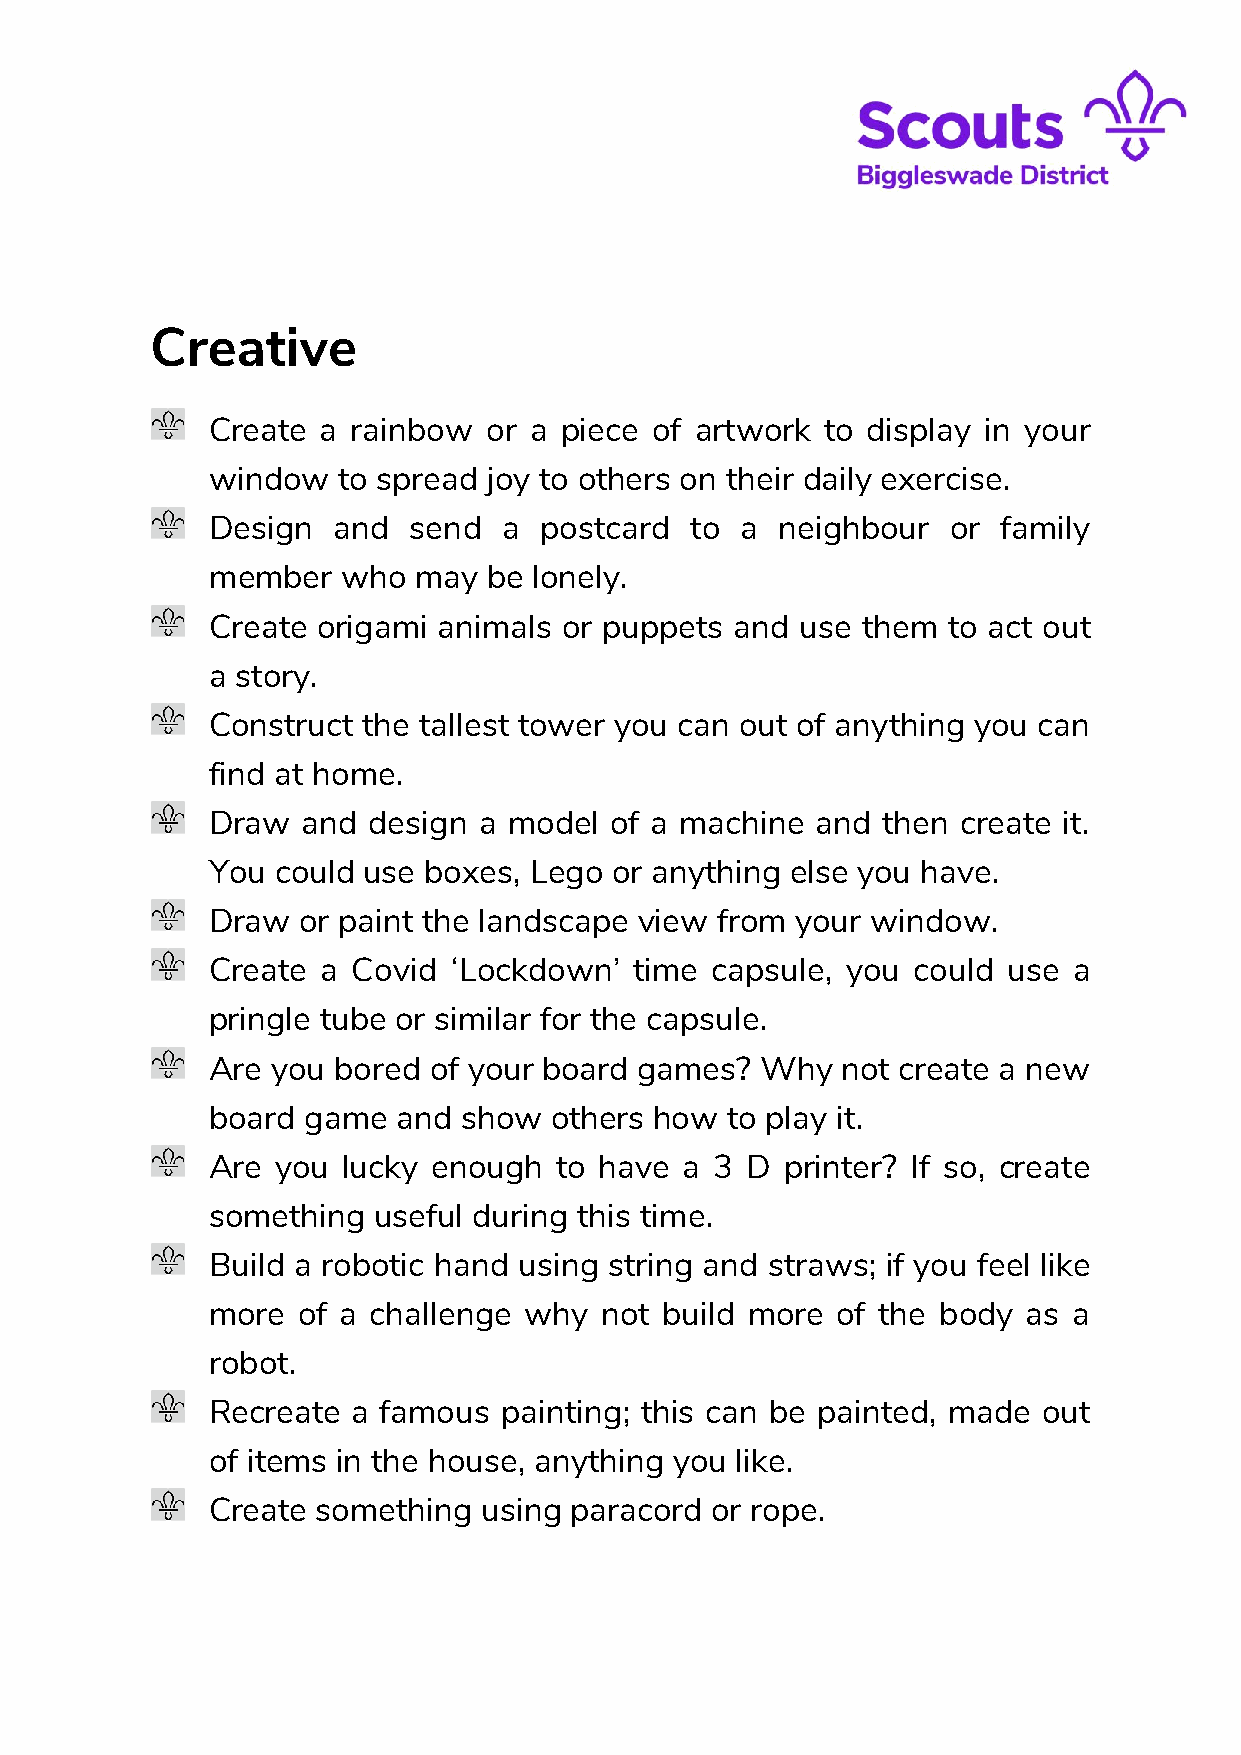
Creative
 Create a rainbow  or a piece of artwork to display in your
 window  to spread joy to others on their daily exercise.
 Design  and  send  a  postca rd to a  neighbour  or family
 member   who may  be lonely.
 Create o rigami animals or puppets and use them  to act out
 a story.
 Construct the tallest tower you can out of anything you can
 find at home.
 Draw  and design  a model of a machine  and then  cre ate it.
 You could use boxes, Lego or anything else you have.
 Draw  or paint the landscape view from your window.
 Create a Covid  ‘Lockdown’  time caps ule, you could use a
 pringle tube or similar for the capsule.
 Are you bored of your board games?  Why   no t create a new
 board game  and show  others how  to play it.
 Are you  lucky enough  to have a 3 D  printer? If so, create
 something  useful during this time.
 Build a robotic hand using string and straws; if you feel like
 more  of a challenge why  not build more of the body  as a
 robot.
 Recreate a famous  painting; this can be painted, made out
 of items in the house, anything you like.
 Create something  using paracord or rope.